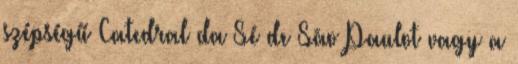
szépségű Catedral da Sé de São Paulot vagy a